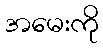
အမေးကို